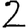
Digit: 2